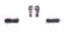
-"-